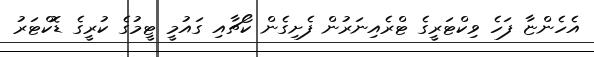
އެހެންޏާ ފަހެ ވިކްޓަރީގެ ޓްރެއިނަރުން ފެށިގެން ކޯޗާއި ގައުމީ ޓީމުގެ ކުރީގެ ޑޮކްޓަރު